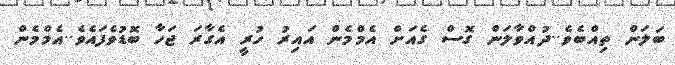
ބަލަން ތިއްބެވެ..ދުއްވާލަން ގޮސް ގެއަށް އެމްމެން އައިރު ހުރީ އެގާރަ ޖަހާ ބޮޑުވެފައެވެ..އެމްމެން